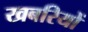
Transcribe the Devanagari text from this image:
खबरियों